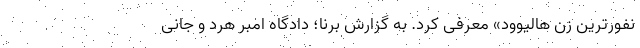
نفورترین زن هالیوود» معرفی کرد. به گزارش برنا؛ دادگاه امبر هرد و جانی